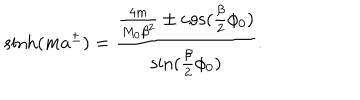
\sinh ( m a ^ { \pm } ) = \frac { \frac { 4 m } { M _ { 0 } \beta ^ { 2 } } \pm \cos ( \frac { \beta } { 2 } \phi _ { 0 } ) } { \sin ( \frac { \beta } { 2 } \phi _ { 0 } ) } .